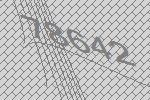
78642